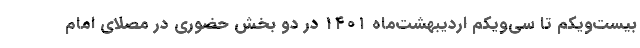
بیست‌ویکم تا سی‌ویکم اردیبهشت‌ماه ۱۴۰۱ در دو بخش حضوری در مصلای امام